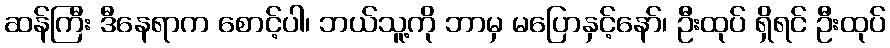
ဆန်ကြီး ဒီနေရာက စောင့်ပါ၊ ဘယ်သူ့ကို ဘာမှ မပြောနှင့်နော်၊ ဦးထုပ် ရှိရင် ဦးထုပ်